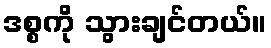
ဒစ္စကို သွားချင်တယ်။